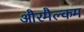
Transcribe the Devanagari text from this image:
औरमैल्कम